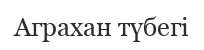
Аграхан түбегі